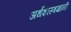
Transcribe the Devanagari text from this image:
अर्थशास्त्रज्ञांनी